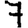
Digit: 7